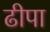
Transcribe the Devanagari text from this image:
ढीपा